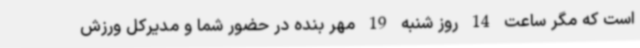
است که مگر ساعت 14 روز شنبه 19 مهر بنده در حضور شما و مدیرکل ورزش